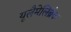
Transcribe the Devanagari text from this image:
यूलैमेलिब्रैक